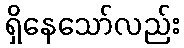
ရှိနေသော်လည်း